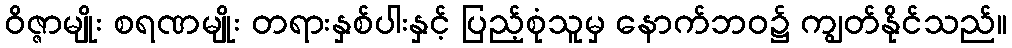
ဝိဇ္ဇာမျိုး စရဏမျိုး တရားနှစ်ပါးနှင့် ပြည့်စုံသူမှ နောက်ဘဝ၌ ကျွတ်နိုင်သည်။